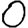
Digit: 0